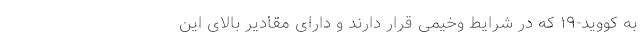
به کووید-۱۹ که در شرایط وخیمی قرار دارند و دارای مقادیر بالای این